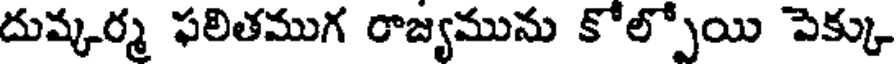
దుష్కర్మ ఫలితముగ రాజ్యమును కోల్పోయి పెక్కు